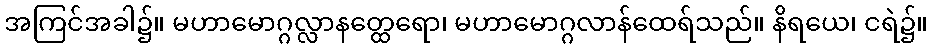
အကြင်အခါ၌။ မဟာမောဂ္ဂလ္လာနတ္ထေရော၊ မဟာမောဂ္ဂလာန်ထေရ်သည်။ နိရယေ၊ ငရဲ၌။